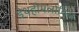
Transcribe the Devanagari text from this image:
डेथहीमलोनिल